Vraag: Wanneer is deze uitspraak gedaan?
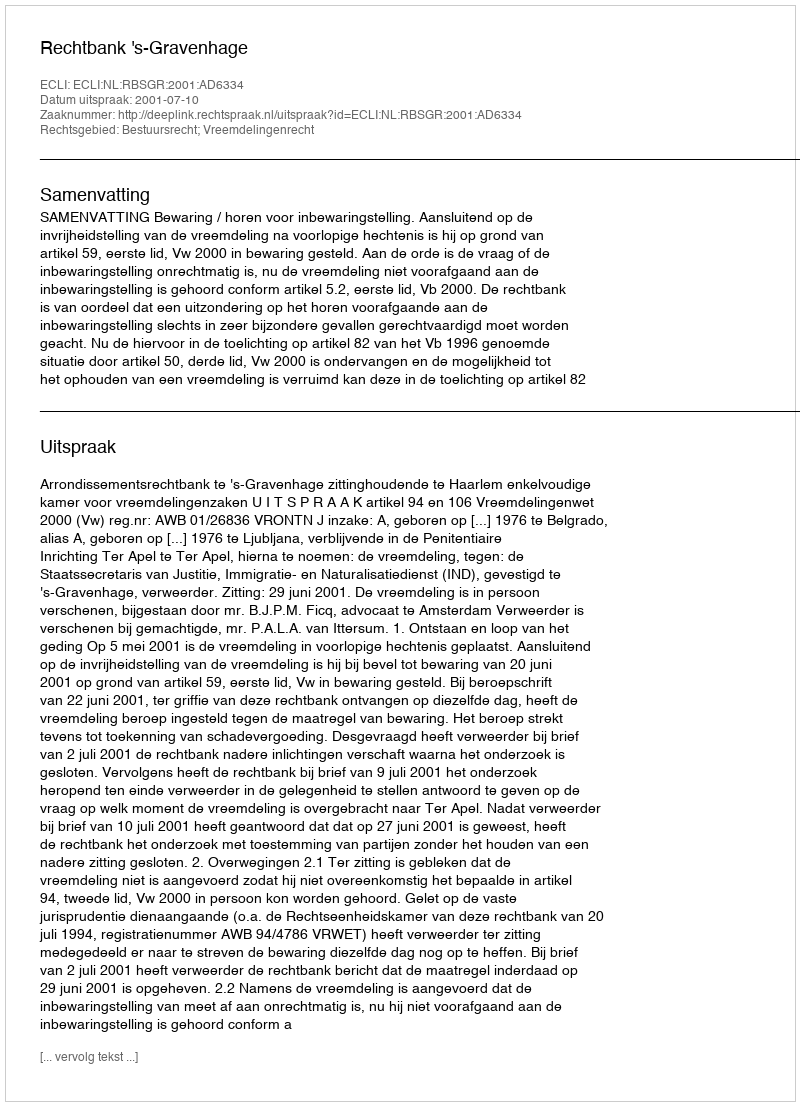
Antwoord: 2001-07-10